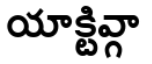
యాక్టివ్గా